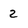
Character: 2